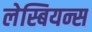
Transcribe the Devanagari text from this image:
लेस्बियन्स